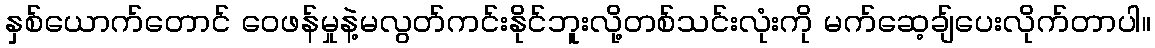
နှစ်ယောက်တောင် ဝေဖန်မှုနဲ့မလွတ်ကင်းနိုင်ဘူးလို့တစ်သင်းလုံးကို မက်ဆေ့ချ်ပေးလိုက်တာပါ။